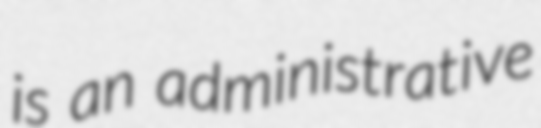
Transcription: is an administrative